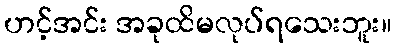
ဟင့်အင်း အခုထိမလုပ်ရသေးဘူး။